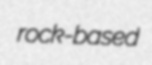
rock-based